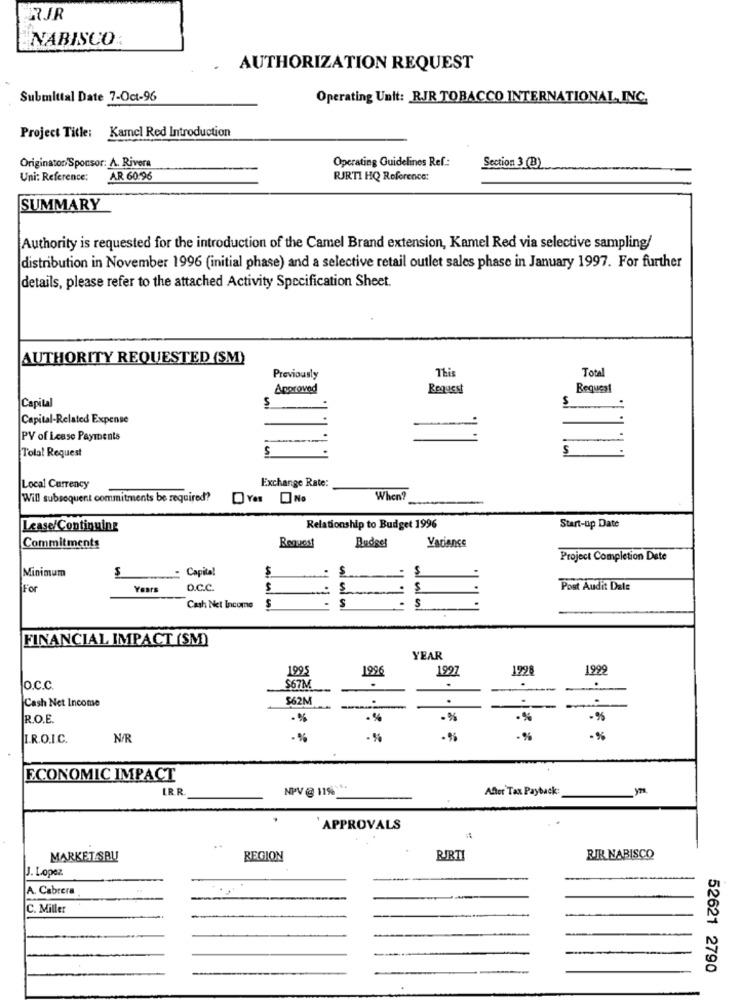
RJR
NABISCO
AUTHORIZATION REQUEST
Submittal Date 7-Oct-96
Operating Unit: RJR TOBACCO INTERNATIONAL, INC.
Project Title: Kamel Red Introduction
Originator/Sponsor: A. Rivera
Operating Guidelines Ref .:
Section 3 (B)
Uni: Reference:
AR 60-96
RJRTI HQ Reference:
SUMMARY
Authority is requested for the introduction of the Camel Brand extension, Kamel Red via selective sampling/
distribution in November 1996 (initial phase) and a selective retail outlet sales phase in January 1997. For further
details, please refer to the attached Activity Specification Sheet.
AUTHORITY REQUESTED (SM)
This
Total
Previously
Approved
Request
Request
5
Capital
Capital-Related Expense
PV of Lease Payments
Tolal Request
S
Exchange Rate:
Local Currency
Will subsequent commitments be required?
When?
Lease/Continuing
Relationship to Budget 1996
Start-up Date
Budget
Commitments
RenNost
Variance
Project Completion Date
Capital
$
$
S
Minimum
For
Years
o.c.c.
. $
Post Audit Dale
S
S
Cash Net Income
$
FINANCIAL IMPACT (SM)
YEAR
1995
1996
199
1928
1999
.
.
o.c.c.
$67M
Cash Net Income
$62M
.
.
.
--
R.O.E.
. %
·%
·%
-%
I.R.O.I.C.
N/R
-%
-%
-%
-%
ECONOMIC IMPACT
LR.R
NPV @ 11% ***
After Tax Payback
APPROVALS
MARKET SRL
REGION
RIBTI
RIR NABISCO
J. Lopez
A. Cabrera
C. Miller
52621 2790